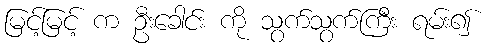
မြင့်မြင့် က ဦးခေါင်း ကို သွက်သွက်ကြီး ရမ်း၍